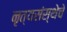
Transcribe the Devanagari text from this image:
नृत्यसंस्थेचे